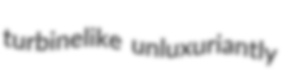
turbinelike unluxuriantly